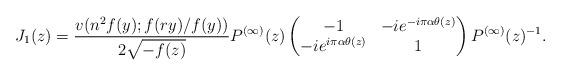
LaTeX: \begin{align*}J_1(z) = \frac{v(n^2 f(y);f(ry)/f(y))}{2 \sqrt{-f(z)}}P^{(\infty)}(z)\begin{pmatrix} -1 & -ie^{-i \pi \alpha \theta(z)} \\ -ie^{i \pi \alpha \theta(z) } & 1 \\\end{pmatrix}P^{(\infty)}(z)^{-1}.\end{align*}